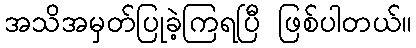
အသိအမှတ်ပြုခဲ့ကြရပြီ ဖြစ်ပါတယ်။